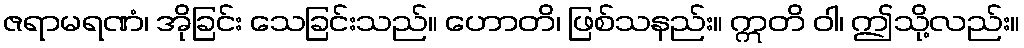
ဇရာမရဏံ၊ အိုခြင်း သေခြင်းသည်။ ဟောတိ၊ ဖြစ်သနည်း။ ဣတိ ဝါ၊ ဤသို့လည်း။